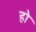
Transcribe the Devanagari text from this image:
हाे